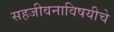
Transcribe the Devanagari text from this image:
सहजीवनाविषयीचे